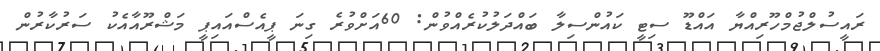
ރަައީސުލްޖުމްހޫރިއްޔާ އައްޑޫ ސިޓީ ކައުންސިލާ ބައްދަލުކުރެއްވުން: 60އަށްވުރެ ގިނަ ޕީއެސްއައިޕީ މަޝްރޫއާއެކު ސަރުކާރުން